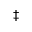
\ddagger